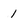
Character: 1